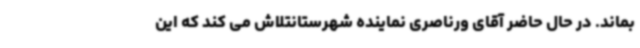
بماند. در حال حاضر آقای ورناصری نماینده شهرستانتلاش می کند که این